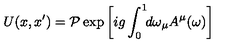
U ( x , x ^ { \prime } ) = { \cal P } \exp \left[ i g \int _ { 0 } ^ { 1 } \! \! d \omega _ { \mu } A ^ { \mu } ( \omega ) \right]